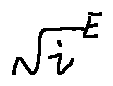
\sqrt { i } ^ { E }